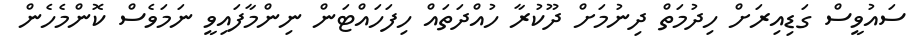
ސައުވީސް ގަޑިއިރަށް ހިދުމަތް ދިނުމަށް ދޫކުރާ ހުއްދަތައް ހިފަހައްޓަން ނިންމާފައިވީ ނަމަވެސް ކޮންމެހެން